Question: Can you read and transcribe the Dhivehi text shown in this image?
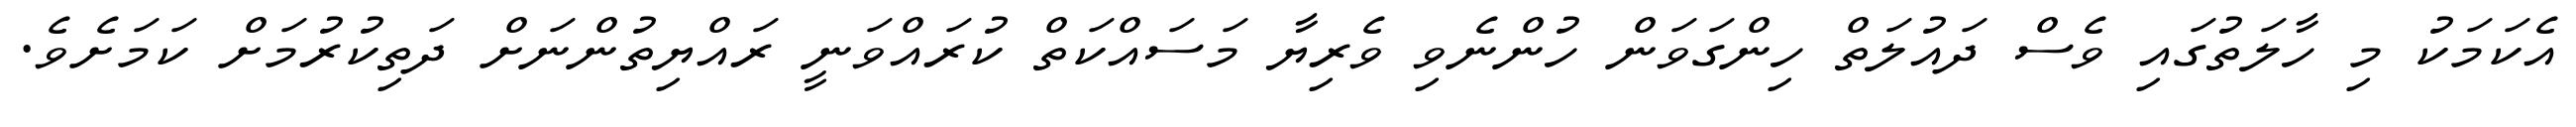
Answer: އެކަމަކު މި ހާލަތުގައި ވެސް ދައުލަތް ހިންގަވަން ހުންނެވި ވެރިޔާ މަސައްކަތް ކުރައްވަނީ ރައްޔިތުންނަށް ދަތިކުރުމަށް ކަމަށެވެ.